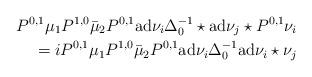
LaTeX: \begin{align*} P^{0,1}\mu_1P^{1,0}\bar\mu_2P^{0,1}{\rm ad}\nu_i\Delta^{-1}_0\star{\rm ad}\nu_j\star P^{0,1}\nu_i\\=i P^{0,1}\mu_1P^{1,0}\bar\mu_2P^{0,1}{\rm ad}\nu_i\Delta^{-1}_0{\rm ad}\nu_i\star \nu_j\end{align*}